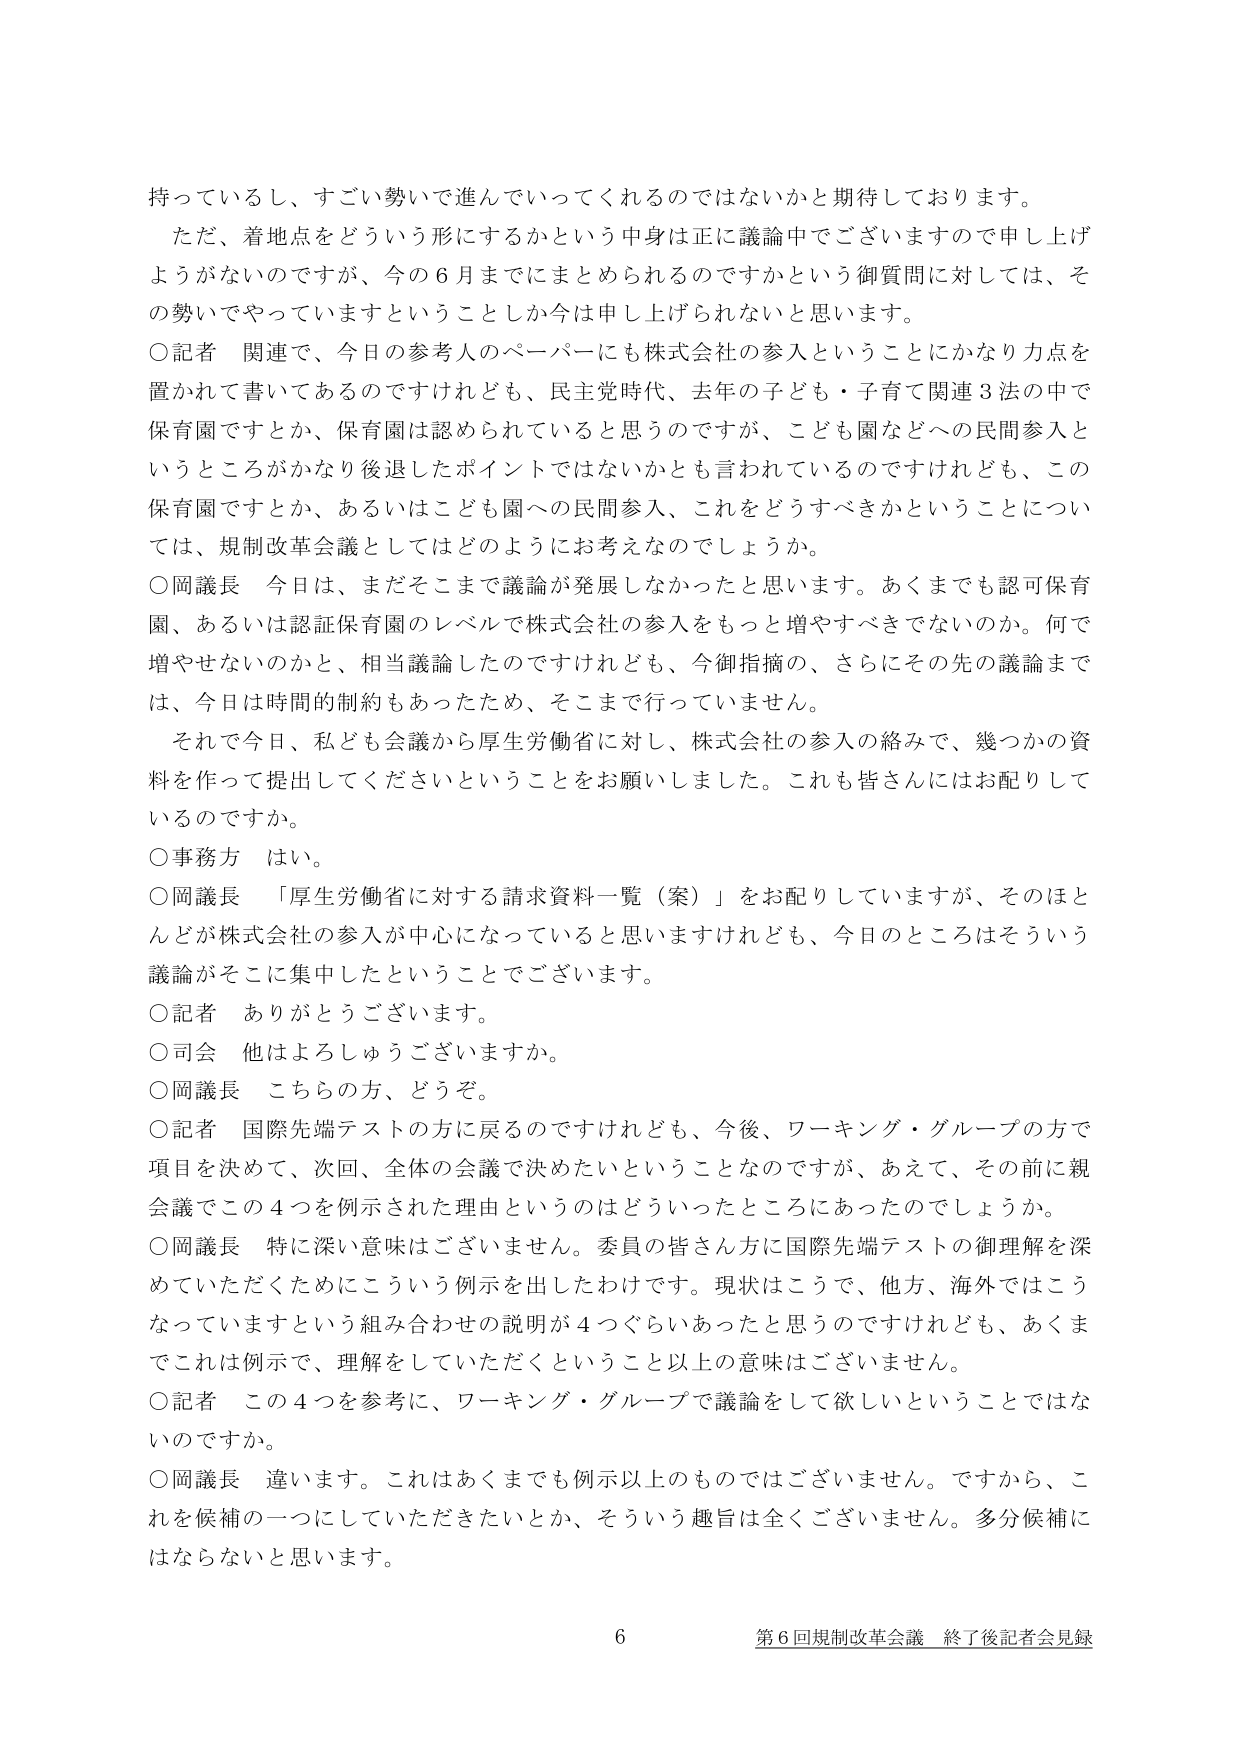
持っているし、すごい勢いで進んでいってくれるのではないかと期待しております。
ただ、着地点をどういう形にするかという中身は正に議論中でございますので申し上げようがないのですが、今の６月までにまとめられるのですかという御質問に対しては、その勢いでやっていますということしか今は申し上げられないと思います。
〇記者 関連で、今日の参考人のペーパーにも株式会社の参入ということにかなり力点を置かれて書いてあるのですけれども、民主党時代、去年の子ども・子育て関連３法の中で保育園ですとか、保育園は認められていると思うのですが、こども園などへの民間参入というところがかなり後退したポイントではないかとも言われているのですけれども、この保育園ですとか、あるいはこども園への民間参入、これをどうすべきかということについては、規制改革会議としてはどのようにお考えなのでしょうか。
〇岡議長 今日は、まだそこまで議論が発展しなかったと思います。あくまでも認可保育園、あるいは認証保育園のレベルで株式会社の参入をもっと増やすべきでないのか。何で増やせないのかと、相当議論したのですけれども、今御指摘の、さらにその先の議論までは、今日は時間の制約もあったため、そこまで行っていません。
それと今日、私ども会議から厚生労働省に対し、株式会社の参入の絡みで、幾つかの資料を作って提出してくださいということをお願いしました。これも皆さんにはお配りしているのですか。
〇事務方 はい。
〇岡議長 「厚生労働省に対する請求資料一覧（案）」をお配りしていますが、そのほとんどが株式会社の参入が中心になっていると思いますけれども、今日のところはそういう議論がそこに集中したということでございます。
〇記者 ありがとうございます。
〇司会 他はよろしうございますか。
〇岡議長 こちらの方、どうぞ。
〇記者 国際先端テストの方に戻るのですけれども、今後、ワーキング・グループの方で項目を決めて、次回、全体の会議で決めたいということなのですが、あえて、その前に親会議でこの４つを例示された理由というのはどういったところにあったのでしょうか。
〇岡議長 特に深い意味はございません。委員の皆さん方に国際先端テストの御理解を深めていただくためにこういう例示を出したわけです。現状はこうで、他方、海外ではこうなっていますという組み合わせの説明が４つくらいあったと思うのですけれども、あくまでこれは例示で、理解をしていただくということ以上の意味はございません。
〇記者 この４つを参考に、ワーキング・グループで議論をして欲しいということではないのですか。
〇岡議長 違います。これはあくまでも例示以上のものではございません。ですから、これを候補の一つにしていただきたいとか、そういう趣旨は全くございません。多分候補にはならないと思います。
6 第６回規制改革会議 終了後記者会見録